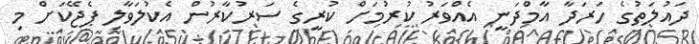
ދައުލަތުގެ ހަރަދާ އާމްދަނީ އެއްވަރު ކުރުމަށް ކުރީގެ ސަރުކާރުން އެކުލަވާލި ޕެޖޭކަށް މި